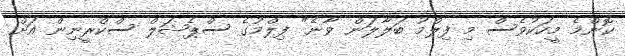
ކޮންމެ މީހަކުވެސް މި ފިލްމު ބަލާލަން ވާނެ" ފިލްމުގެ ސްޕެޝަލް ސްކްރީނިން އަށް